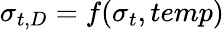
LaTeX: \sigma_{t,D}=f(\sigma_{t},temp)